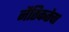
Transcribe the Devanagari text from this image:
नैतिकतेचा